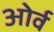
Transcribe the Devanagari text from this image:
ओर्व